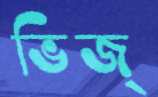
ভিজ্